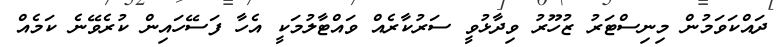
ދައްކަވަމުން މިނިސްޓަރު ޒުހޫރު ވިދާޅުވީ ސަރުކާރެއް ވައްޓާލުމަކީ އެހާ ފަސޭހައިން ކުރެވޭނެ ކަމެއް